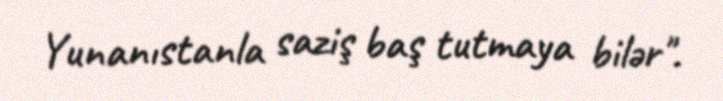
Yunanıstanla saziş baş tutmaya bilər".